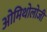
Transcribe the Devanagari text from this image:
ओमिथोलोजी